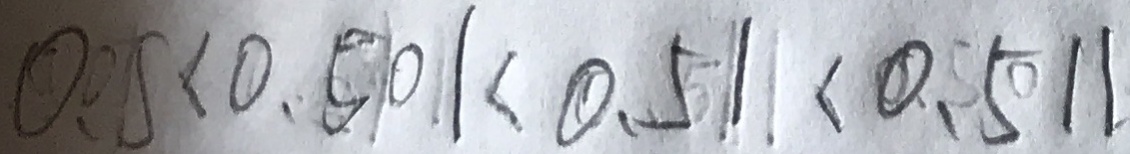
0 . 0 5 < 0 . 5 0 1 < 0 . 5 1 < 0 . 5 1 1